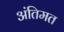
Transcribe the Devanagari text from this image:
अंतिमत